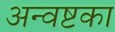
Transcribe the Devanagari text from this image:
अन्वष्टका